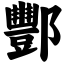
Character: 酆